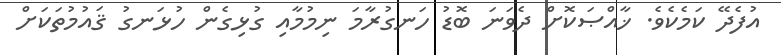
އުފެދޭ ކަމެކެވެ. ޚާއްޞަކޮށް ދެވަނަ ބޮޑު ހަނގުރާމަ ނިމުމާއި ގުޅިގެން ހުޅަނގު ޤައުމުތަކަށް